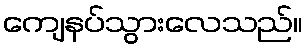
ကျေနပ်သွားလေသည်။